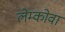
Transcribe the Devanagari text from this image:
लेम्कोवा